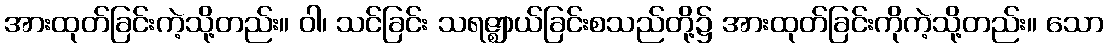
အားထုတ်ခြင်းကဲ့သို့တည်း။ ဝါ၊ သင်ခြင်း သရဇ္ဈာယ်ခြင်းစသည်တို့၌ အားထုတ်ခြင်းကိုကဲ့သို့တည်း။ သော